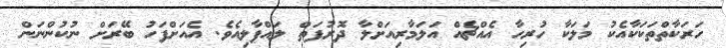
ހަރަކާތްތަކަކާއެކު މަލަކާ ހުރިހާ އެއްޗެއް އަލަމާރިއަށްލާ ދޮރުފަތް ލައްޕާލިއެވެ. އެއަށްފަހު ބޭރަށް ނުކުންނަން